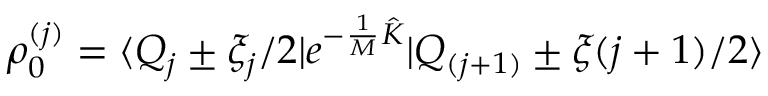
\rho _ { 0 } ^ { ( j ) } = \langle Q _ { j } \pm \xi _ { j } / 2 | e ^ { - \frac { 1 } { M } { \hat { K } } } | Q _ { ( j + 1 ) } \pm \xi _ { } ( j + 1 ) / 2 \rangle